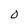
Character: 0